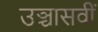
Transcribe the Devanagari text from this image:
उञ्चासवीं